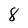
Character: 8